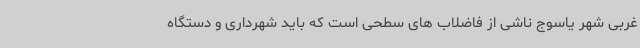
غربی شهر یاسوج ناشی از فاضلاب های سطحی است که باید شهرداری و دستگاه